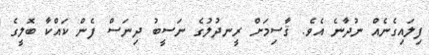
ފިލައިގެނެއް ނުދާނެ އެވެ. ޤާސިމަށް ރީނދުލުގެ ނަސީބު ދިނަސް ފެން ކައްކާ ބޮލީގެ